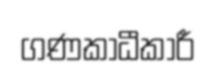
ගණකාධීකාරී